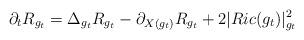
LaTeX: \begin{align*}\partial_t R_{g_t} = \Delta_{g_t} R_{g_t} - \partial_{X(g_t)} R_{g_t} + 2|Ric(g_t)|_{g_t}^2\end{align*}